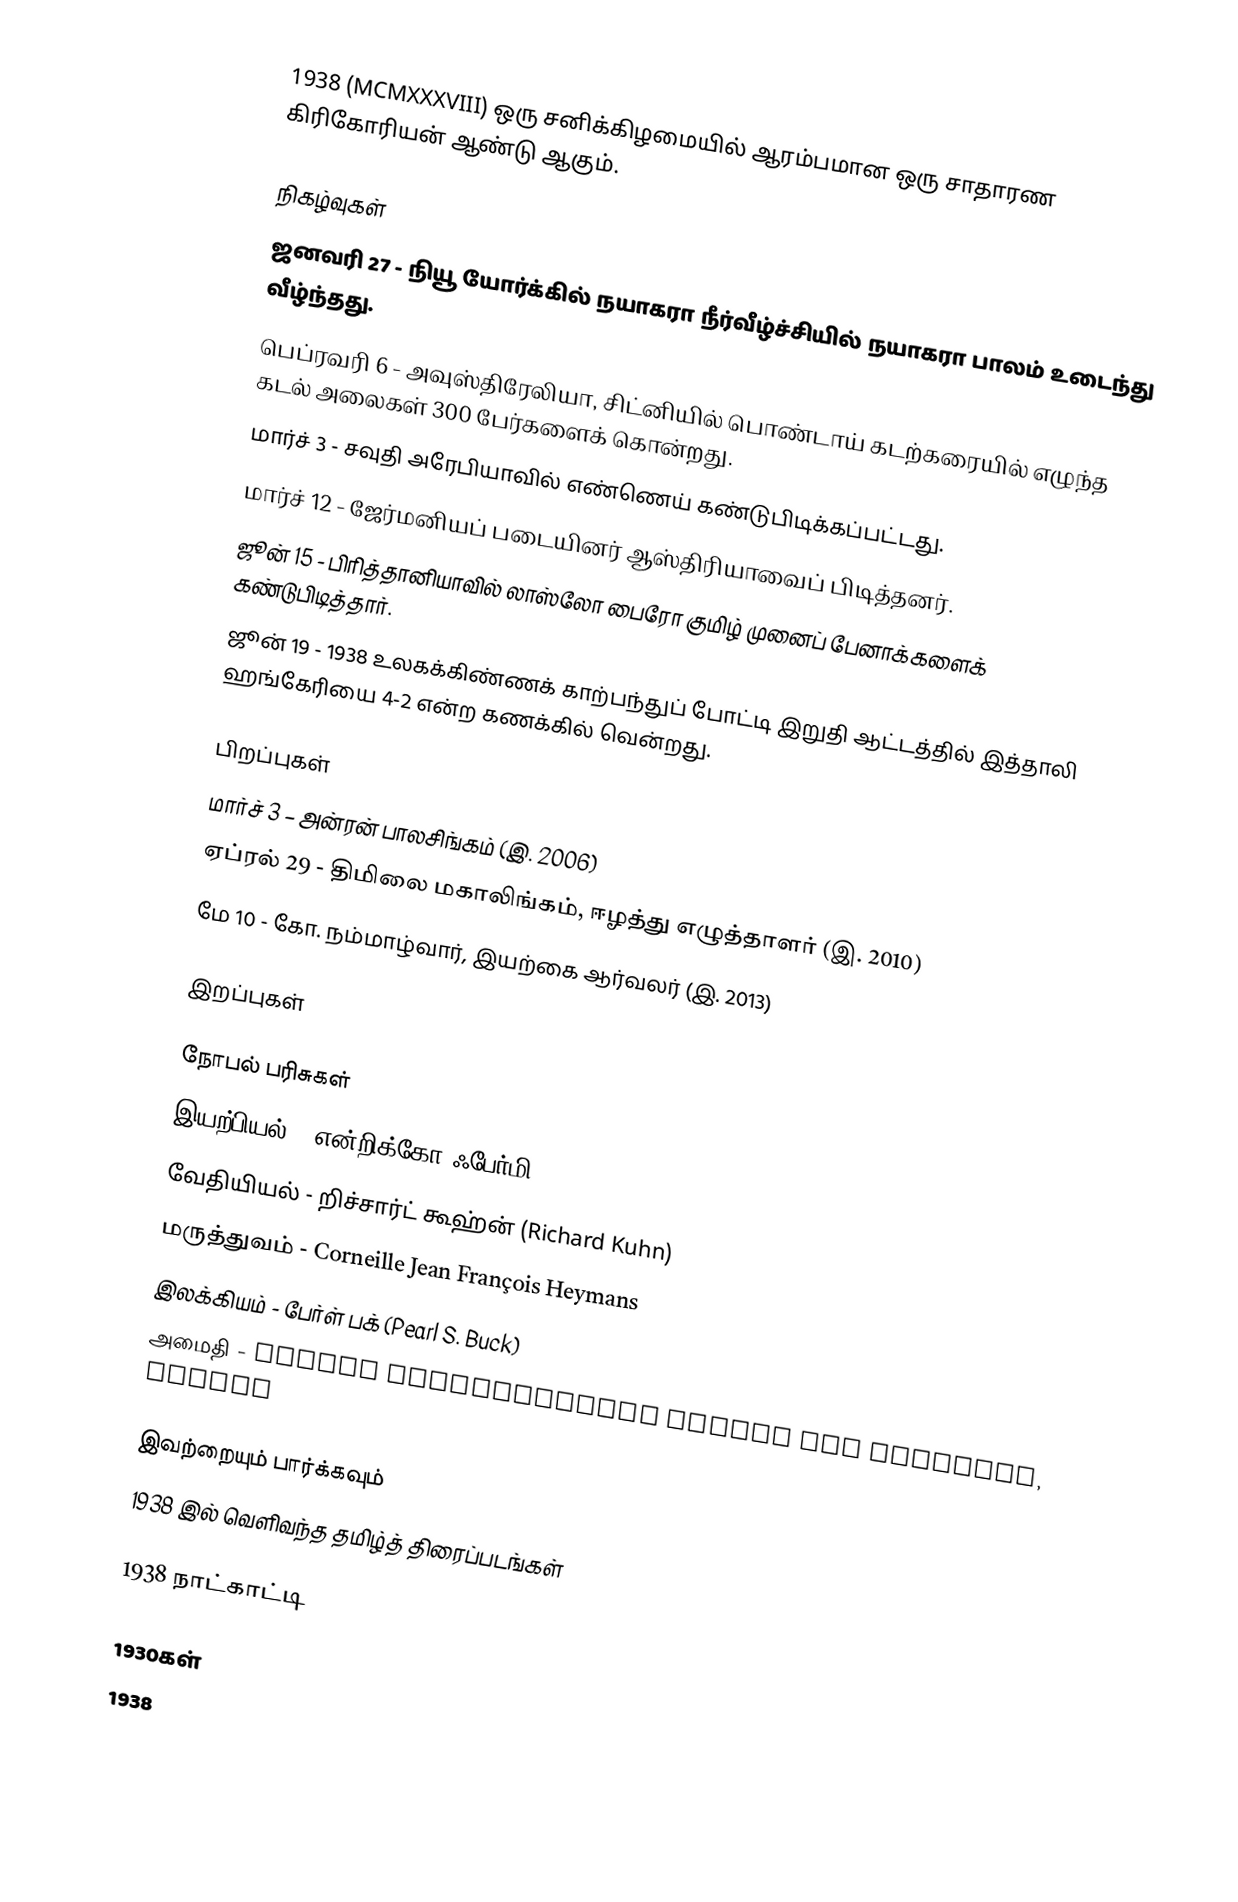
1938  (MCMXXXVIII) ஒரு சனிக்கிழமையில் ஆரம்பமான ஒரு சாதாரண கிரிகோரியன் ஆண்டு ஆகும்.

நிகழ்வுகள்
 ஜனவரி 27 - நியூ யோர்க்கில் நயாகரா நீர்வீழ்ச்சியில் நயாகரா பாலம் உடைந்து வீழ்ந்தது.
 பெப்ரவரி 6 - அவுஸ்திரேலியா, சிட்னியில் பொண்டாய் கடற்கரையில் எழுந்த கடல் அலைகள் 300 பேர்களைக் கொன்றது.
 மார்ச் 3 - சவுதி அரேபியாவில் எண்ணெய் கண்டுபிடிக்கப்பட்டது.
 மார்ச் 12 - ஜேர்மனியப் படையினர் ஆஸ்திரியாவைப் பிடித்தனர்.
 ஜூன் 15 - பிரித்தானியாவில் லாஸ்லோ பைரோ குமிழ் முனைப் பேனாக்களைக் கண்டுபிடித்தார்.
 ஜூன் 19 - 1938 உலகக்கிண்ணக் காற்பந்துப் போட்டி இறுதி ஆட்டத்தில் இத்தாலி ஹங்கேரியை 4-2 என்ற கணக்கில் வென்றது.

பிறப்புகள்
 மார்ச் 3 – அன்ரன் பாலசிங்கம் (இ. 2006)
 ஏப்ரல் 29 - திமிலை மகாலிங்கம், ஈழத்து எழுத்தாளர் (இ. 2010)
 மே 10 - கோ. நம்மாழ்வார், இயற்கை ஆர்வலர் (இ. 2013)

இறப்புகள்

நோபல் பரிசுகள்
 இயற்பியல் - என்றிக்கோ ஃபேர்மி
 வேதியியல் - றிச்சார்ட் கூஹ்ன் (Richard Kuhn)
 மருத்துவம் - Corneille Jean François Heymans
 இலக்கியம் - பேர்ள் பக் (Pearl S. Buck)
 அமைதி - Nansen International Office For Refugees, Geneva

இவற்றையும் பார்க்கவும்
 1938 இல் வெளிவந்த தமிழ்த் திரைப்படங்கள்

1938 நாட்காட்டி

1930கள்
1938